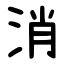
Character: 消